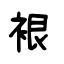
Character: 裉